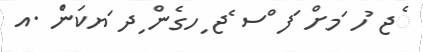
ެޖ ުހ ަމށް ަފ ްސ ެޖ ިހގެން ިދ ަޔކަންެ .އ